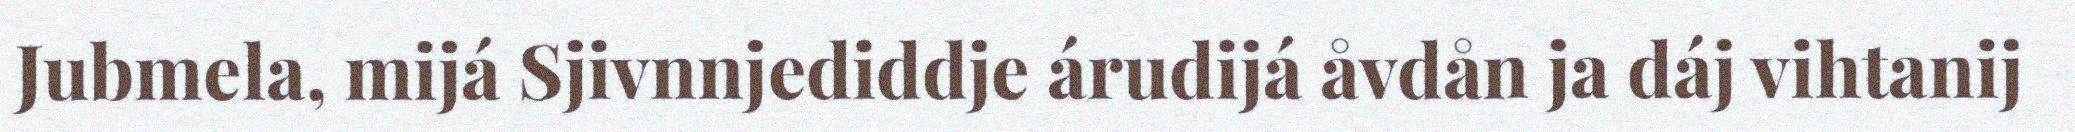
Jubmela, mijá Sjivnnjediddje árudijá åvdån ja dáj vihtanij